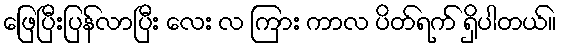
ဖြေပြီးပြန်လာပြီး လေး လ ကြား ကာလ ပိတ်ရက် ရှိပါတယ်။